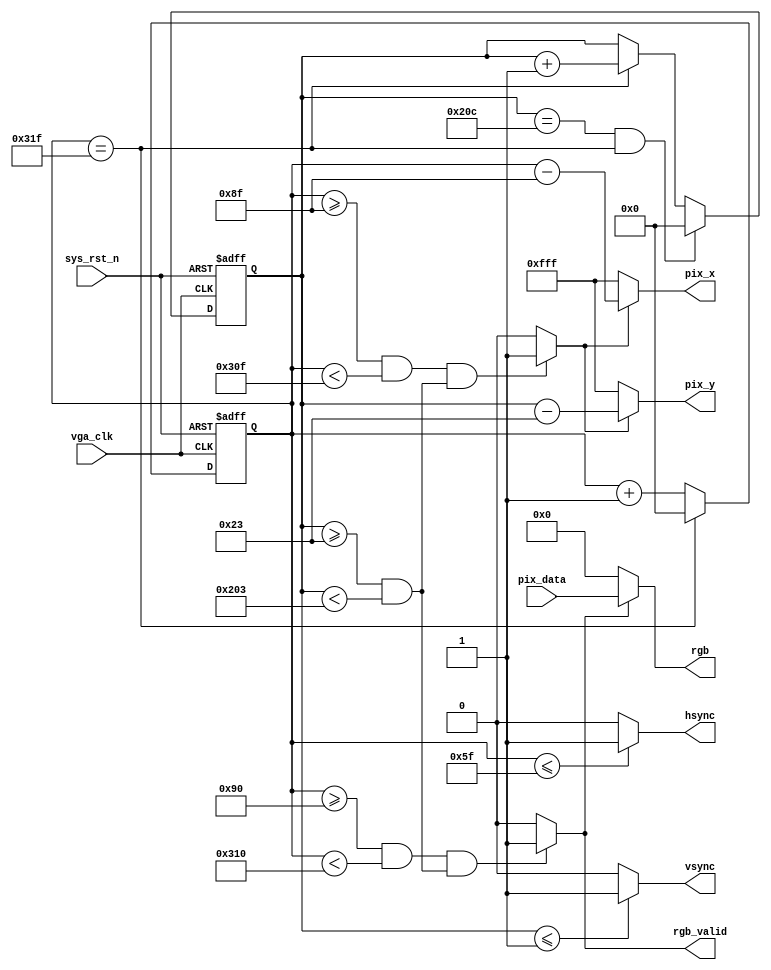
`timescale  1ns/1ns


module  vga_ctrl
(
    input   wire            vga_clk     ,   //,25MHz
    input   wire            sys_rst_n   ,   //,
    input   wire    [15:0]  pix_data    ,   //

    output  wire    [11:0]  pix_x       ,   //VGAX
    output  wire    [11:0]  pix_y       ,   //VGAY
    output  wire            hsync       ,   //
    output  wire            vsync       ,   //
    output  wire            rgb_valid   ,
    output  wire    [15:0]  rgb             //
);

//********************************************************************//
//****************** Parameter and Internal Signal *******************//
//********************************************************************//
//parameter define
parameter H_SYNC    =   10'd96  ,   //
          H_BACK    =   10'd40  ,   //
          H_LEFT    =   10'd8   ,   //
          H_VALID   =   10'd640 ,   //
          H_RIGHT   =   10'd8   ,   //
          H_FRONT   =   10'd8   ,   //
          H_TOTAL   =   10'd800 ;   //
parameter V_SYNC    =   10'd2   ,   //
          V_BACK    =   10'd25  ,   //
          V_TOP     =   10'd8   ,   //
          V_VALID   =   10'd480 ,   //
          V_BOTTOM  =   10'd8   ,   //
          V_FRONT   =   10'd2   ,   //
          V_TOTAL   =   10'd525 ;   //

//wire  define
wire            pix_data_req    ;   //

//reg   define
reg     [11:0]  cnt_h           ;   //
reg     [11:0]  cnt_v           ;   //

//********************************************************************//
//***************************** Main Code ****************************//
//********************************************************************//

//cnt_h:
always@(posedge vga_clk or negedge sys_rst_n)
    if(sys_rst_n == 1'b0)
        cnt_h   <=  12'd0   ;
    else    if(cnt_h == H_TOTAL - 1'd1)
        cnt_h   <=  12'd0   ;
    else
        cnt_h   <=  cnt_h + 1'd1   ;

//hsync:
assign  hsync = (cnt_h  <=  H_SYNC - 1'd1) ? 1'b1 : 1'b0  ;

//cnt_v:
always@(posedge vga_clk or negedge sys_rst_n)
    if(sys_rst_n == 1'b0)
        cnt_v   <=  12'd0 ;
    else    if((cnt_v == V_TOTAL - 1'd1) &&  (cnt_h == H_TOTAL-1'd1))
        cnt_v   <=  12'd0 ;
    else    if(cnt_h == H_TOTAL - 1'd1)
        cnt_v   <=  cnt_v + 1'd1 ;
    else
        cnt_v   <=  cnt_v ;

//vsync:
assign  vsync = (cnt_v  <=  V_SYNC - 1'd1) ? 1'b1 : 1'b0  ;

//rgb_valid:VGA
assign  rgb_valid = (((cnt_h >= H_SYNC + H_BACK + H_LEFT)
                    && (cnt_h < H_SYNC + H_BACK + H_LEFT + H_VALID))
                    &&((cnt_v >= V_SYNC + V_BACK + V_TOP)
                    && (cnt_v < V_SYNC + V_BACK + V_TOP + V_VALID)))
                    ? 1'b1 : 1'b0;

//pix_data_req:,rgb_valid
assign  pix_data_req = (((cnt_h >= H_SYNC + H_BACK + H_LEFT - 1'b1)
                    && (cnt_h < H_SYNC + H_BACK + H_LEFT + H_VALID - 1'b1))
                    &&((cnt_v >= V_SYNC + V_BACK + V_TOP)
                    && (cnt_v < V_SYNC + V_BACK + V_TOP + V_VALID)))
                    ? 1'b1 : 1'b0;

//pix_x,pix_y:VGA
assign  pix_x = (pix_data_req == 1'b1)
                ? (cnt_h - (H_SYNC + H_BACK + H_LEFT - 1'b1)) : 12'hfff;
assign  pix_y = (pix_data_req == 1'b1)
                ? (cnt_v - (V_SYNC + V_BACK + V_TOP)) : 12'hfff;

//rgb:
assign  rgb = (rgb_valid == 1'b1) ? pix_data : 16'b0 ;

endmodule